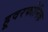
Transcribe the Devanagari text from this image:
हूवरफोनिक